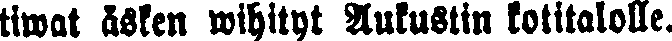
tiwat äsken wihityt Aukustin kotitalolle.